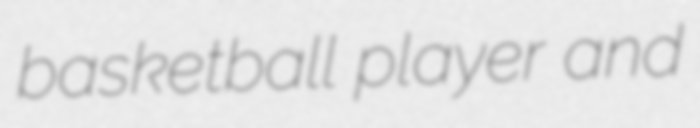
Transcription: basketball player and